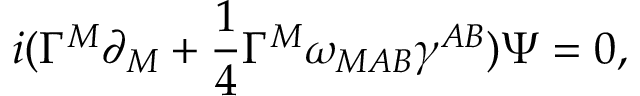
i ( \Gamma ^ { M } \partial _ { M } + { \frac { 1 } { 4 } } \Gamma ^ { M } \omega _ { M A B } \gamma ^ { A B } ) \Psi = 0 ,